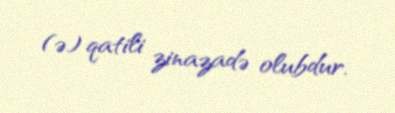
(ə) qatili zinazadə olubdur.